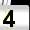
Digit: 4